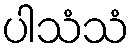
ပါသံသံ